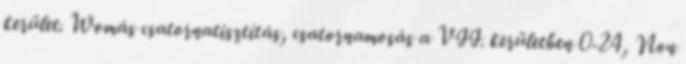
kerület. Womás csatornatisztítás, csatornamosás a VII. kerületben 0-24, Non